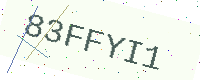
Text: 83FFYI1